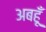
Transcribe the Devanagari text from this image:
अबहूँ